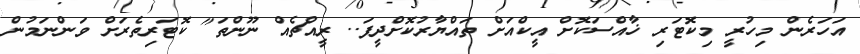
އަހަރެން މިހުރީ މިކޮޓަރި ޚާއްސަކޮށް އީކްއަށް ތައްޔާރުކޮށްދީފަ.. ރީއްޗެއް ނޫންތަ" ކޮޓަރިތެރަށް ވަންނަމުން